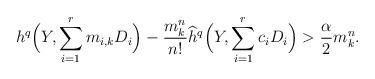
LaTeX: \begin{align*}h^q\Bigl(Y, \sum_{i =1}^r m_{i,k} D_i \Bigr) - \frac{m_k^n}{n!}\widehat{h}^q\Bigl(Y,\sum_{i =1}^r c_i D_i\Bigr) > \frac{\alpha}{2}m_k^n.\end{align*}